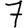
Digit: 7